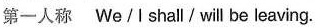
第一人称 We/I shall will be leaving.